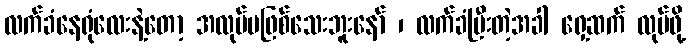
လက်ခံနေရုံလေးနဲ့တော့ အလုပ်မဖြစ်သေးဘူးနော် ၊ လက်ခံပြီးတဲ့အခါ ရှေ့ဆက် လုပ်ဖို့